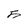
Character: 5